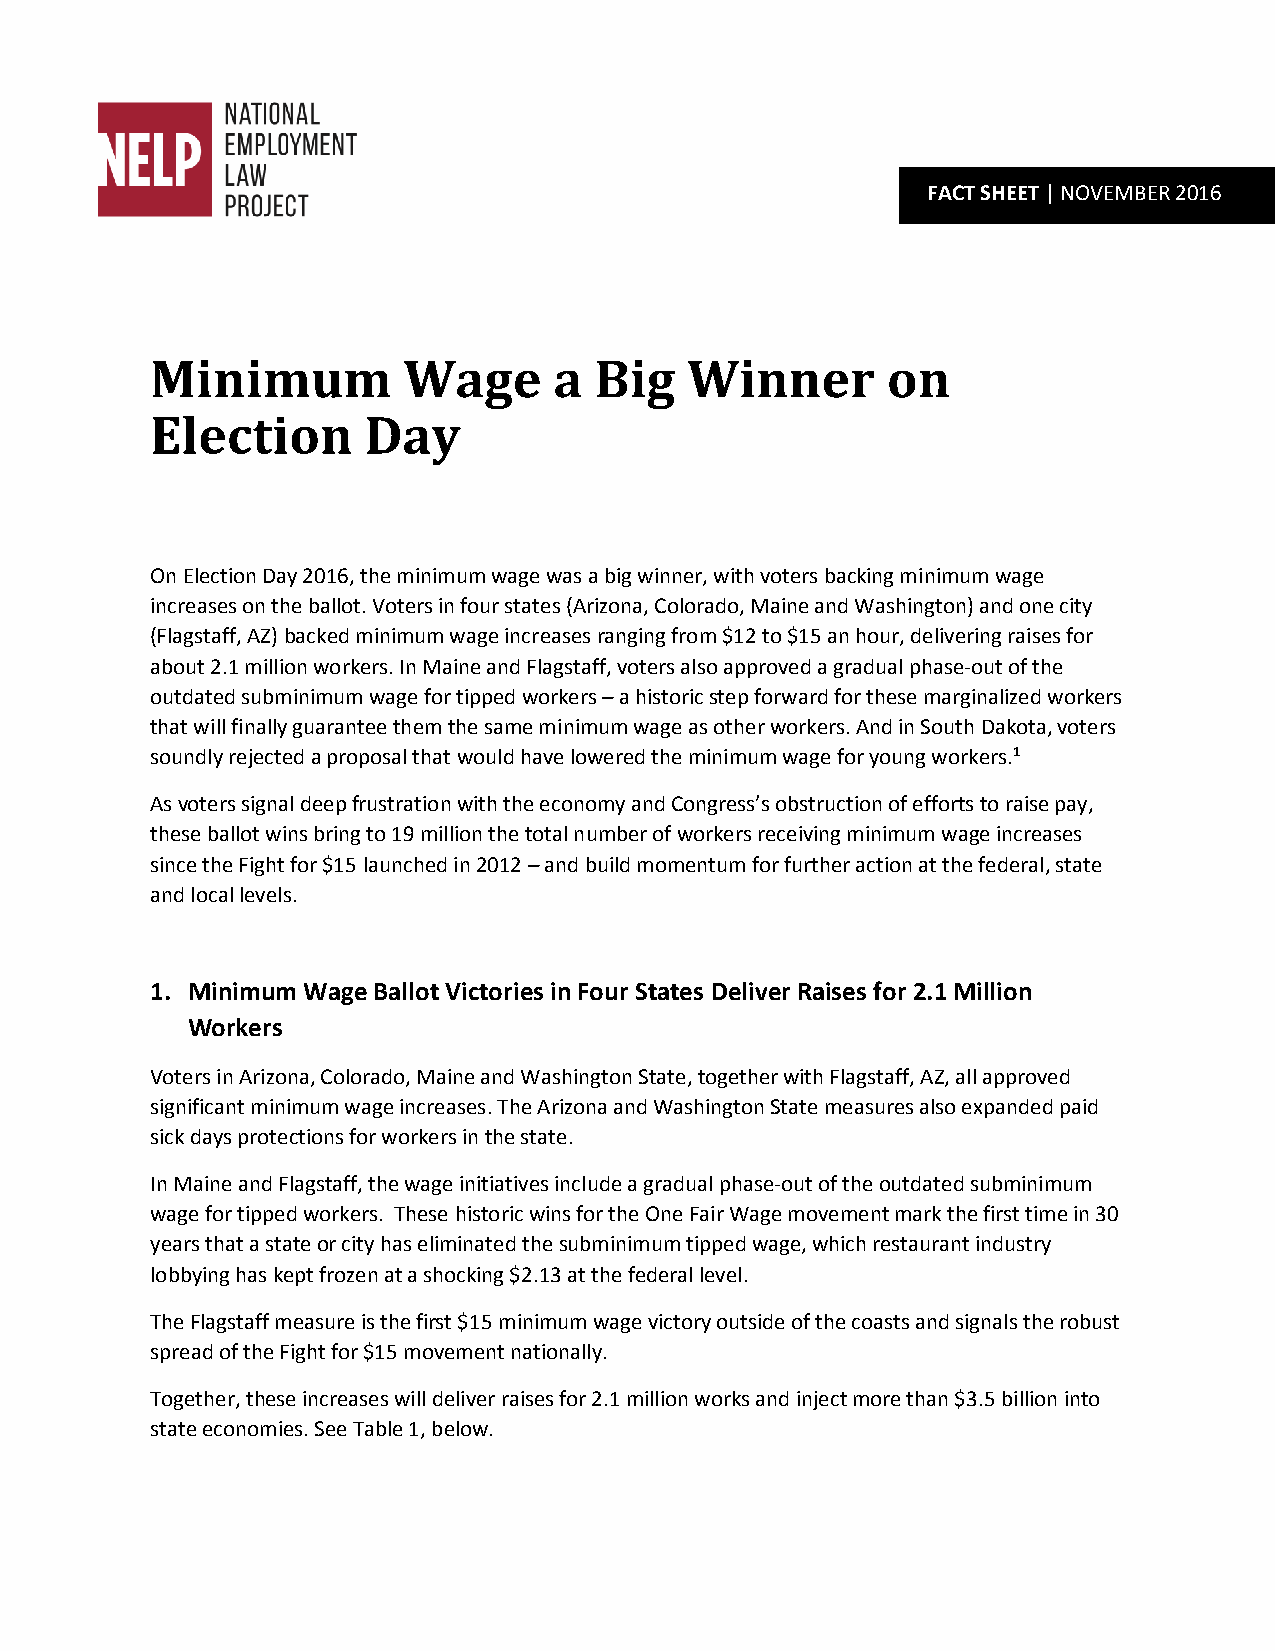
FACT SHEET | NOVEMBER 2016
 Minimum          Wage      a Big   Winner        on
 Election      Day
 On Election Day 2016, the minimum wage was a big winner, with voters backing minimum wage
 increases on the ballot. Voters in four states (Arizona, Colorado, Maine and Washington) and one city
 (Flagstaff, AZ) backed minimum wage increases ranging from $12 to $15 an hour, delivering raises for
 about 2.1 million workers. In Maine and Flagstaff, voters also approved a gradual phase-out of the
 outdated subminimum wage for tipped workers – a historic step forward for these marginalized workers
 that will finally guarantee them the same minimum wage as other workers. And in South Dakota, voters
 soundly rejected a proposal that would have lowered the minimum wage for young workers.1
 As voters signal deep frustration with the economy and Congress’s obstruction of efforts to raise pay,
 these ballot wins bring to 19 million the total number of workers receiving minimum wage increases
 since the Fight for $15 launched in 2012 – and build momentum for further action at the federal, state
 and local levels.
 1. Minimum Wage Ballot Victories in Four States Deliver Raises for 2.1 Million
 Workers
 Voters in Arizona, Colorado, Maine and Washington State, together with Flagstaff, AZ, all approved
 significant minimum wage increases. The Arizona and Washington State measures also expanded paid
 sick days protections for workers in the state.
 In Maine and Flagstaff, the wage initiatives include a gradual phase-out of the outdated subminimum
 wage for tipped workers. These historic wins for the One Fair Wage movement mark the first time in 30
 years that a state or city has eliminated the subminimum tipped wage, which restaurant industry
 lobbying has kept frozen at a shocking $2.13 at the federal level.
 The Flagstaff measure is the first $15 minimum wage victory outside of the coasts and signals the robust
 spread of the Fight for $15 movement nationally.
 Together, these increases will deliver raises for 2.1 million works and inject more than $3.5 billion into
 state economies. See Table 1, below.